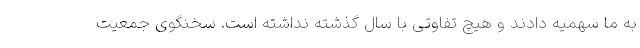
به ما سهمیه دادند و هیچ تفاوتی با سال گذشته نداشته است. سخنگوی جمعیت